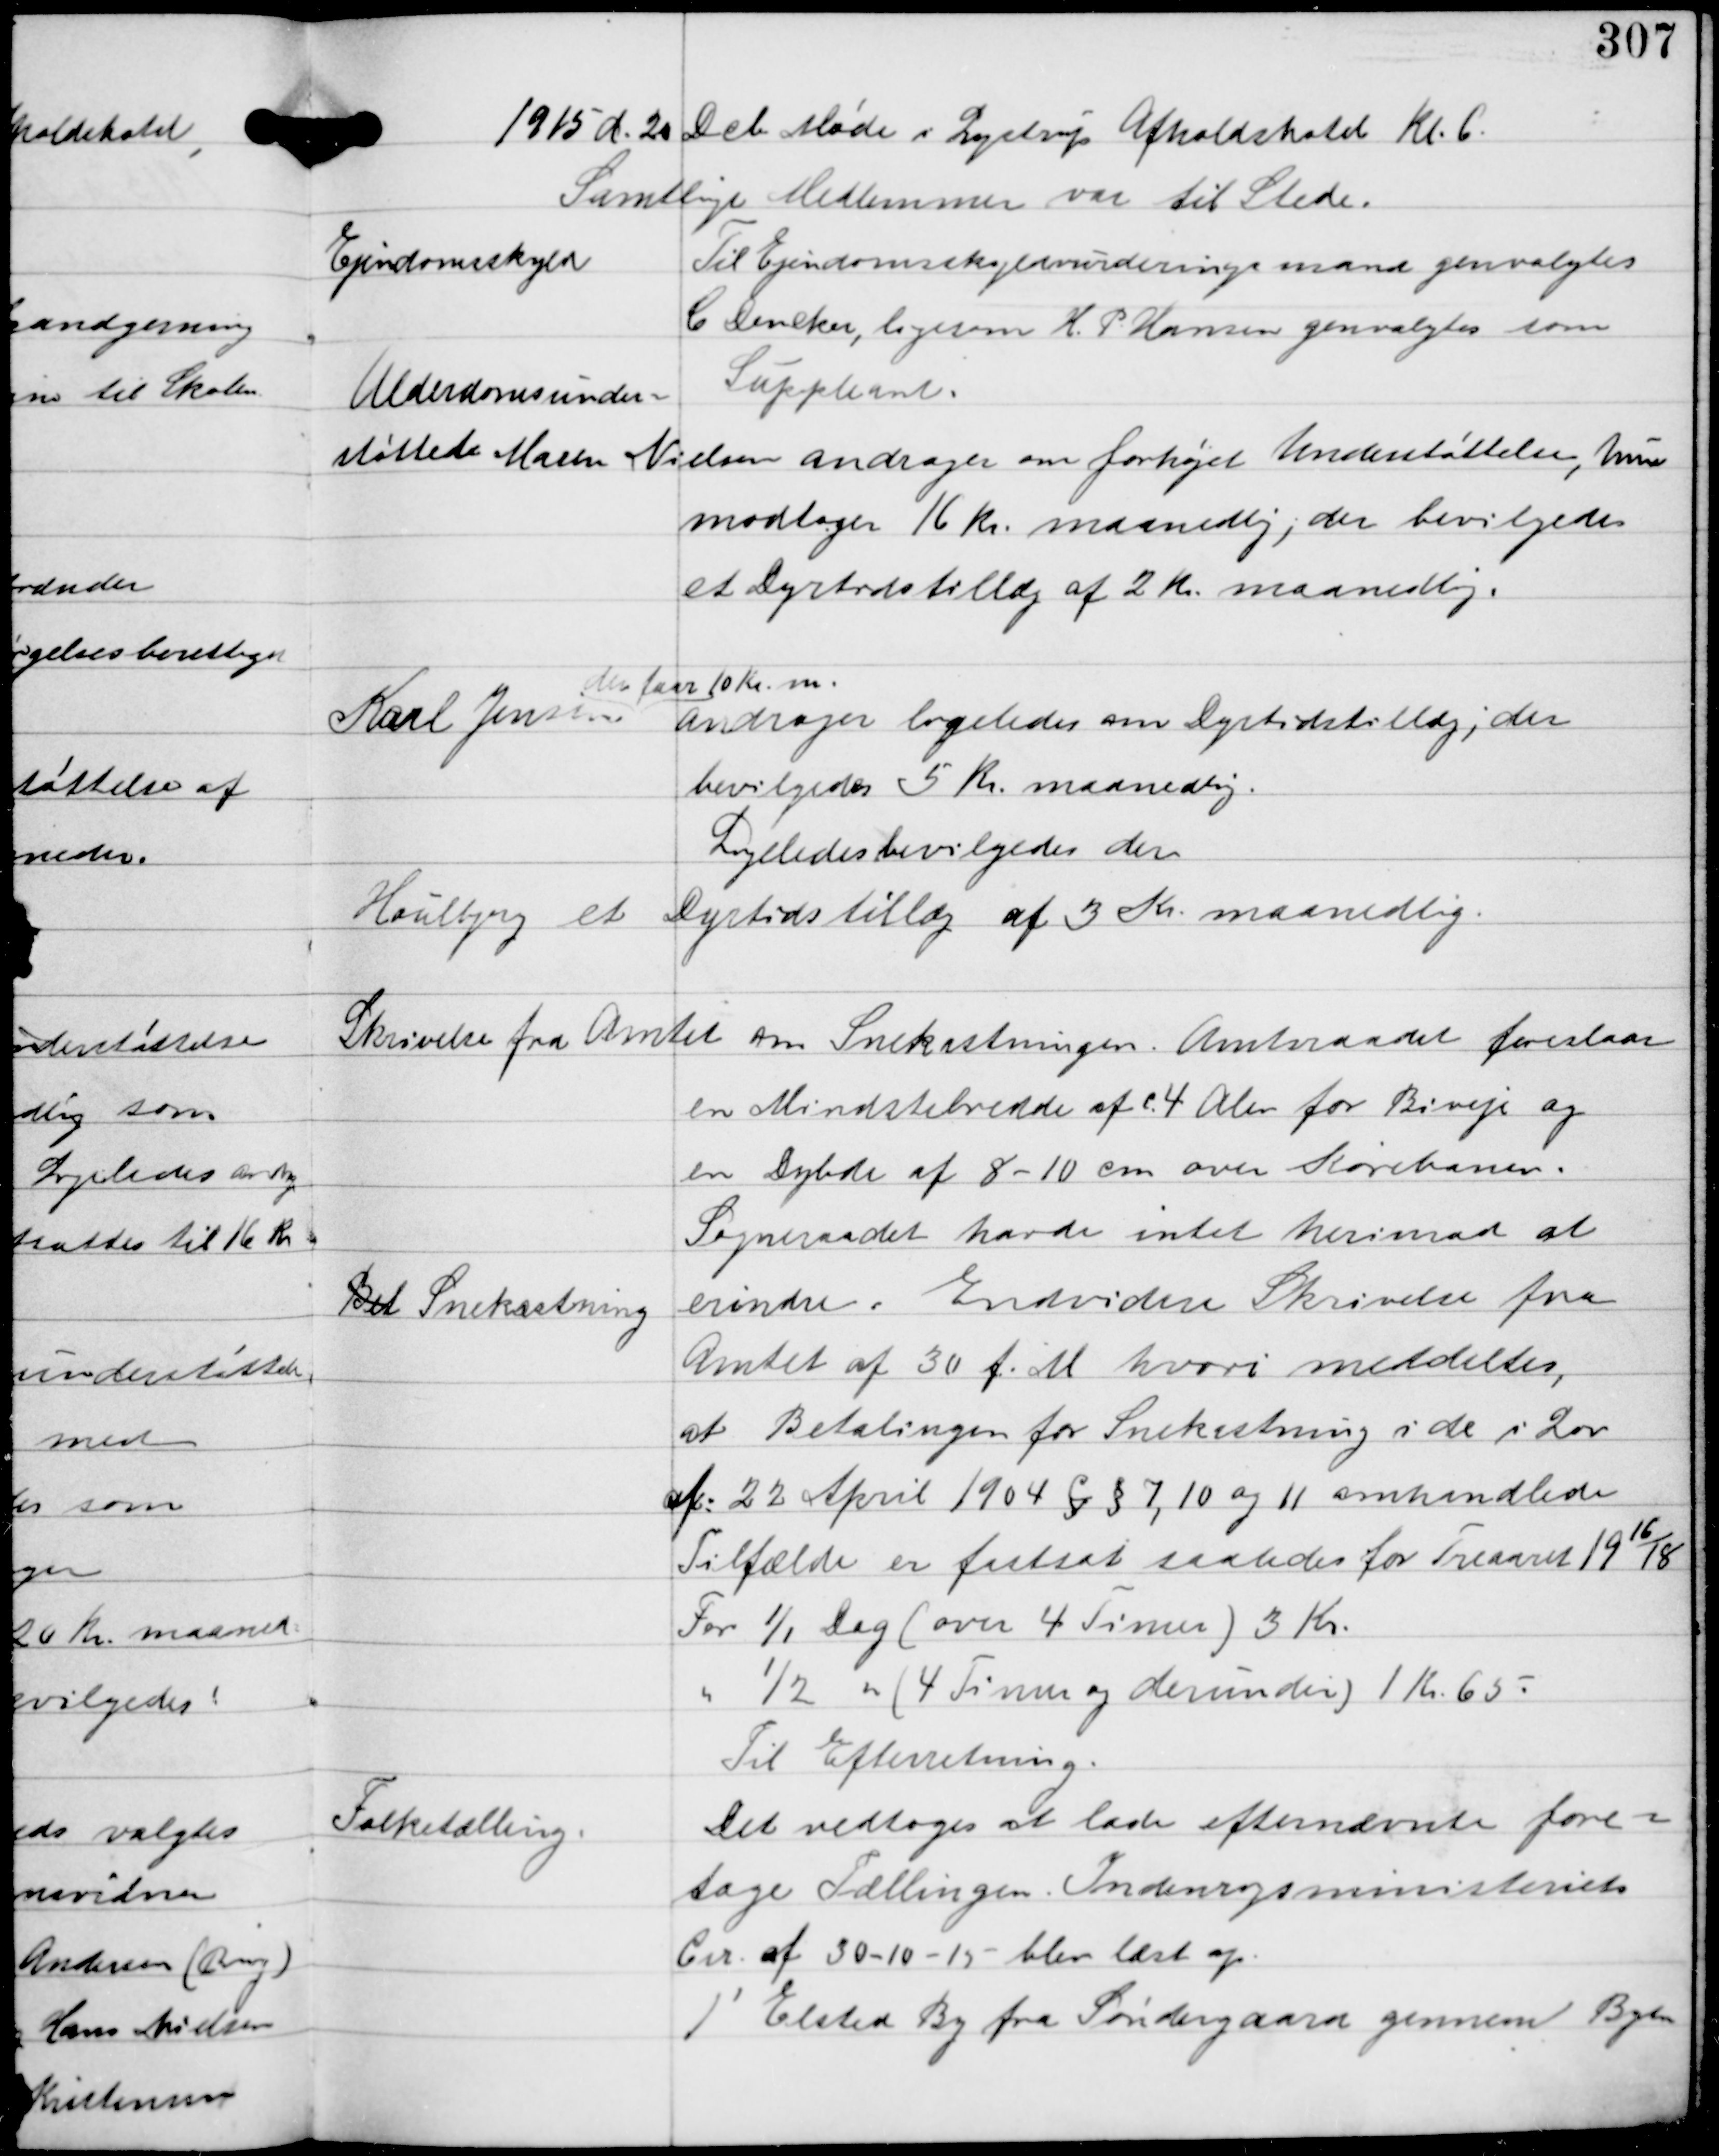
Transskription:
1915 d. 20 Dcb møde i Lystrup Afholdshotel Kl. 6.
Samtlige Medlemmer var til Stede.

Ejendomsskyld

Til Ejendomsskyldvurderingsmand genvalgtes
C Dencker, ligesom H.P. Hansen genvalgtes som

Suppleant.

Alderdomsunder-
støttede Maren Nielsen

andrager om forhøjet Understøttelse, hun

modtager 16 Kr maanedlig, der bevilgedes
et Dyrtidstillæg af 2 Kr maanedlig.

Karl Jensen
der faar 10 Kr m.
andrager ligeledes om Dyrtidstillæg, der
bevilgedes 5 Kr maanedlig.
Ligeledes bevilgedes der
Houlbjerg et
Dyrtidstillæg af 3 Kr maanedlig.

Skrivelse fra Amtet om Snekastningen. Amtsraadet foreslaar
en Mindstebredde af c. 4 Alen for Biveje og
en Dybde af 8-10 cm over Kørebanen.
Sogneraadet havde intet herimod at

erindre.

Bet Snekastning

Endvidere Skrivelse fra

Amtet af 30 f.M hvori meddeltes.
at Betalingen for Snekastning i de i Lov
af 22 April 1904 § § 7, 10 og 11 omhandlede
Tilfælde er fastsat saaledes for Treaaret 19
16
18
For 1/1 Dag (over 4 Timer) 3 Kr.
" ½ " (4 Timer og derunder) 1 Kr 65.

Til Efterretning.

Folketælling.

Det vedtoges at lade efternævnte fore-
tage Tællingen. Indenrigsministeriets
Cir af 30-10-15 blev læst op.
1' Elsted By fra Søndergaard gennem Byen